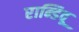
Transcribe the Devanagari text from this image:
रान्डिवू